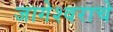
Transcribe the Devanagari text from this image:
जागेश्वराचे